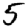
Digit: 5